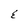
Character: E